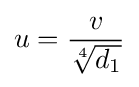
u={v \over {\sqrt[{4}]{d_{1}}}}